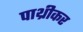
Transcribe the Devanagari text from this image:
पाथ्रीकर